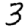
Digit: 3